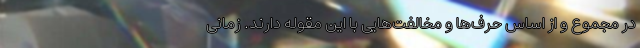
در مجموع و از اساس حرف‌ها و مخالفت‌هایی با این مقوله دارند. زمانی